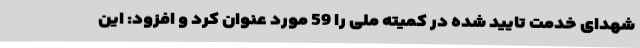
شهدای خدمت تایید شده در کمیته ملی را 59 مورد عنوان کرد و افزود: این